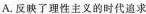
A.反映了理性主义的时代追求